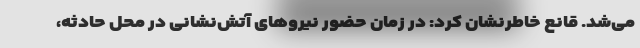
می‌شد. قانع خاطرنشان کرد: در زمان حضور نیروهای آتش‌نشانی در محل حادثه،